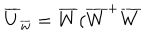
LaTeX: \overline { { { U } } } _ { \overline { { { w } } } } = \overline { { { W } } } ( \overline { { { W } } } ^ { + } \overline { { { W } } }